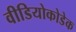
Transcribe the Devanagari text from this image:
वीडियोकोडेक